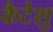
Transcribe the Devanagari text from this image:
कैटेशु